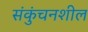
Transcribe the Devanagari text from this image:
संकुंचनशील